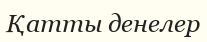
Қатты денелер